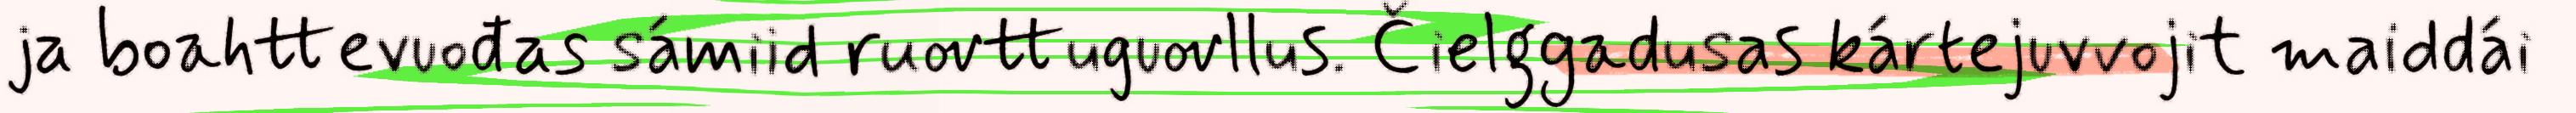
ja boahttevuođas sámiid ruovttuguovllus. Čielggadusas kártejuvvojit maiddái